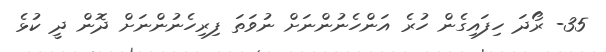
35- ރޯދަ ހިފައިގެން ހުރެ އަންހެނުންނަށް ނުވަތަ ފިރިހެނުންނަށް ދޮން ދީ ކުޅެ